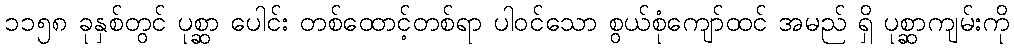
၁၁၅၈ ခုနှစ်တွင် ပုစ္ဆာ ပေါင်း တစ်ထောင့်တစ်ရာ ပါဝင်သော စွယ်စုံကျော်ထင် အမည် ရှိ ပုစ္ဆာကျမ်းကို